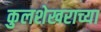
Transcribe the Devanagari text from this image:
कुलशेखराच्या